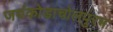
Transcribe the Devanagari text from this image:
जयंकोडाचोलपुरम